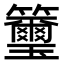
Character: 𥸀